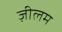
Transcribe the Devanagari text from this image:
ज़ीलम